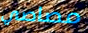
مصاصي